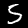
Label: 5